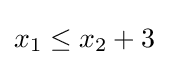
x_{1}\leq x_{2}+3